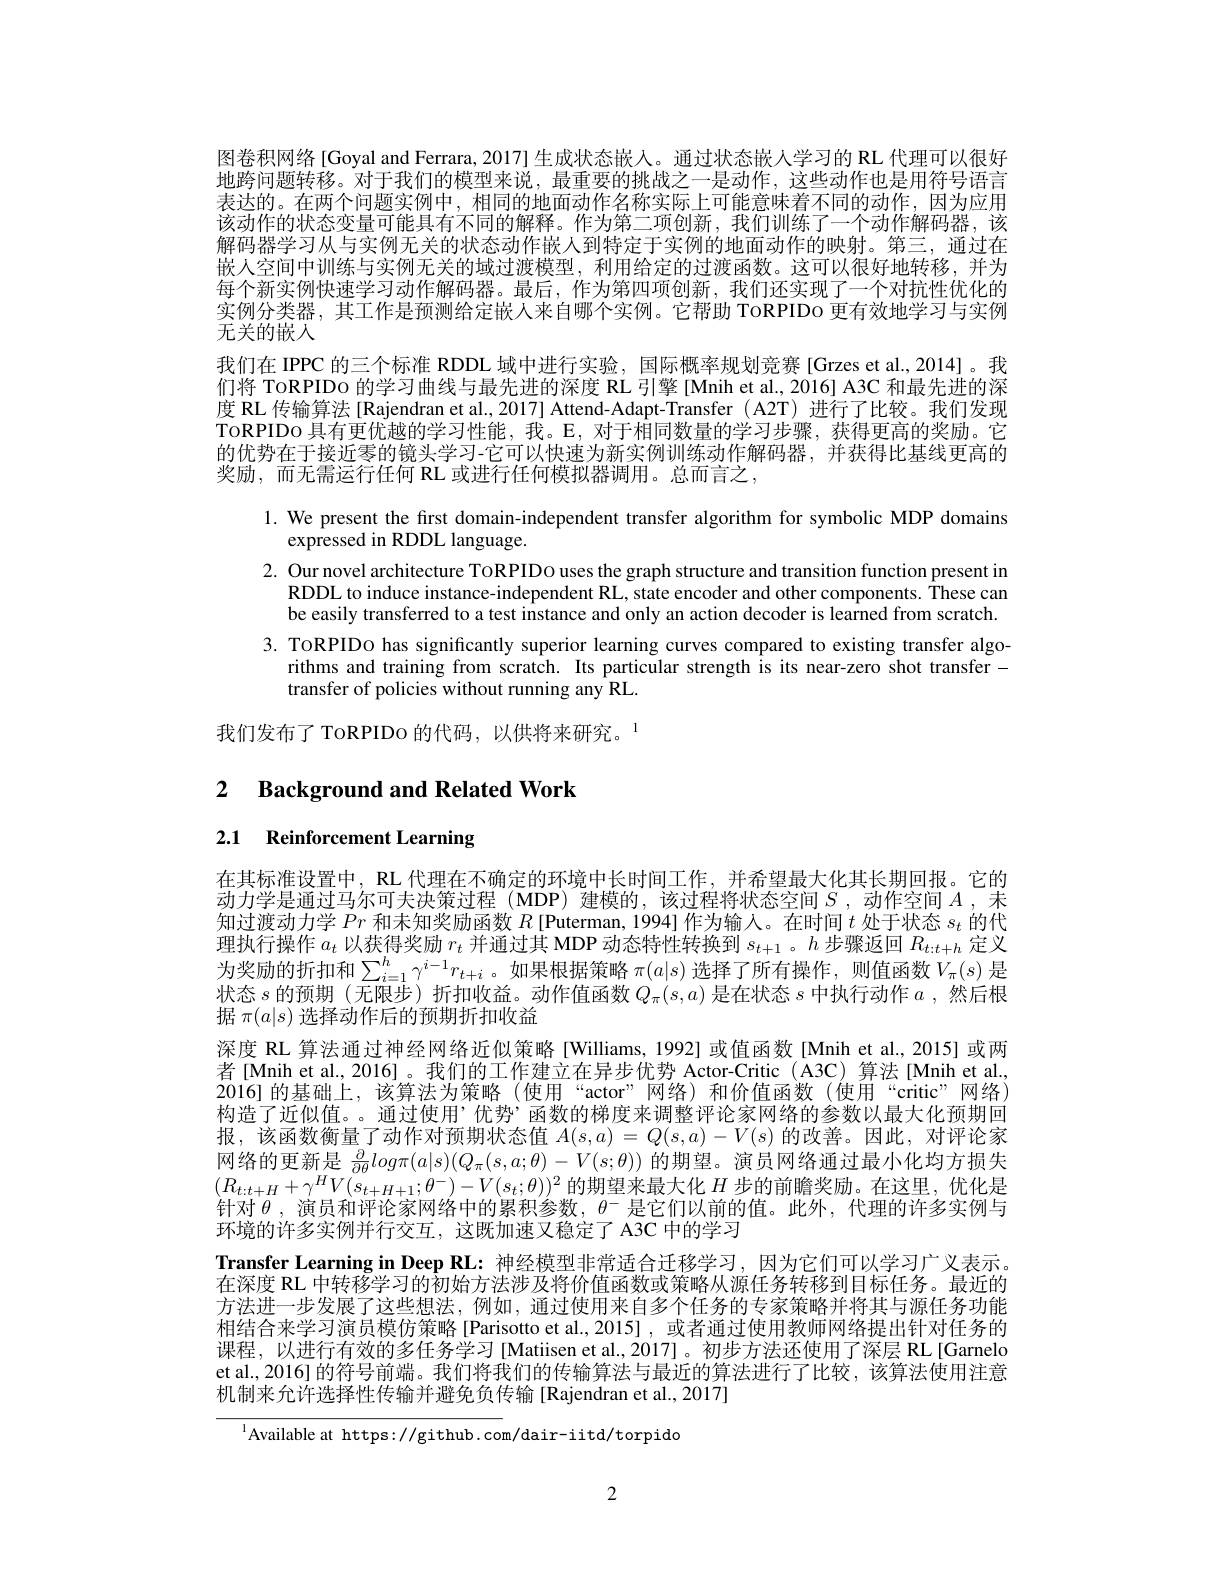
图卷积网络[Goyal and Ferrara, 2017]生成状态嵌人。通过状态嵌人学习的 RL 代理可以很好地跨问题转移。对于我们的模型来说，最重要的挑战之一是动作，这些动作也是用符号语言表达的。在两个问题实例中，相同的地面动作名称实际上可能意味着不同的动作，因为应用该动作的状态变量可能具有不同的解释。作为第二项创新，我们训练了一个动作解码器，该解码器学习从与实例无关的状态动作嵌人到特定于实例的地面动作的映射。第三，通过在嵌人空间中训练与实例无关的域过渡模型，利用给定的过渡函数。这可以很好地转移，并为每个新实例快速学习动作解码器。最后，作为第四项创新，我们还实现了一个对抗性优化的实例分类器，其工作是预测给定嵌人来自哪个实例。它帮助 ToRPIDo 更有效地学习与实例无关的嵌人
我们在 IPPC 的三个标准 RDDL 域中进行实验，国际概率规划竞赛 [Grzes et al.,2014]。我们将 ToRPIDo 的学习曲线与最先进的深度 RL 引擎[Mnih et al., 2016] A3C 和最先进的深度 RL 传输算法 [Rajendran et al., 2017] Attend-Adapt-Transfer ( A2T) 进行了比较。我们发现ToRPIDo 具有更优越的学习性能，我。E,对于相同数量的学习步骤，获得更高的奖励。它的优势在于接近零的镜头学习-它可以快速为新实例训练动作解码器，并获得比基线更高的奖励，而无需运行任何 RL 或进行任何模拟器调用。总而言之，

1. We present the first domain-independent transfer algorithm for symbolic MDP domains
$\hat{\text{expressed in RDDL language}}.$
2. Our novel architecture ToRPIDo uses the graph structure and transition function present in
RDDL to induce instance-independent RL, state encoder and other components. These can be easily transferred to a test instance and only an action decoder is learned from scratch.
3. TORPIDO has significantly superior learning curves compared to existing transfer algo-
rithms and training from scratch. Its particular strength is its near-zero shot transfer-
transfer of policies without running any RL.

我们发布了 ToRPIDo 的代码，以供将来研究。$^{\mathrm{l}}$

## 2 $\textbf{Background and Related Work}$

2.1 Reinforcement Learning

在其标准设置中，RL 代理在不确定的环境中长时间工作，并希望最大化其长期回报。它的动力学是通过马尔可夫决策过程 (MDP) 建模的，该过程将状态空间$S$,动作空间$A$,未知过渡动力学$Pr$和未知奖励函数$R$ [Puterman, 1994] 作为输人。在时间$t$处于状态$s_t$的代理 执 行 操 作 $a_{t}$ 以 获 得 奖 励 $r_{t}$ 并 通 过 其 MDP 动 态 特 性 转 换 到 $s_{t+ 1}$ 。$h$ 步 骤 返 回 $R_{t: t+ h}$ 定 义 为 奖 励 的 折 扣 和 $\sum _{i= 1}^{h}\gamma ^{i- 1}r_{t+ i}$ 。如 果 根 据 策 略 $\pi ( a| s)$ 选 择 了 所 有 操 作 , 则 值 函 数 $V_{\pi }( s)$ 是状态$s$的预期 (无限步)折扣收益。动作值函数$Q_\pi(s,a)$是在状态$s$中执行动作$a$ ,然后根据$\pi(a|s)$选择动作后的预期折扣收益
深度 RL 算法通过神经网络近似策略[Williams,1992]或值函数[Mnih et al., 2015] 或两者[Mnih et al., 2016] 。我们的工作建立在异步优势 Actor-Critic( A3C) 算法[Mnih et al., 2016]的基础上，该算法为策略(使用“actor”网络)和价值函数(使用“critic”网络) 构造了近似值。。通过使用’优势’函数的梯度来调整评论家网络的参数以最大化预期回报，该函数衡量了动作对预期状态值$A(s,a)=Q(s,a)-V(s)$的改善。因此，对评论家网络的更新是$\frac\partial{\partial\theta}log\pi(a|s)(Q_\pi(s,a;\theta)-V(s;\theta))$的期望。演员网络通过最小化均方损失$(R_{t:t+H}+\gamma^{H}V(s_{t+H+1};\theta^{-})-V(s_{t};\theta))^{2}$的期望来最大化 $H$ 步的前瞻奖励。在这里，优化是针对$\theta$ ,演员和评论家网络中的累积参数，$\theta^-$是它们以前的值。此外，代理的许多实例与环境的许多实例并行交互，这既加速又稳定了 A3C 中的学习
Transfer Learning in Deep RL: 神经模型非常适合迁移学习，因为它们可以学习广义表示。在深度 RL 中转移学习的初始方法涉及将价值函数或策略从源任务转移到目标任务。最近的方法进一步发展了这些想法，例如，通过使用来自多个任务的专家策略并将其与源任务功能相结合来学习演员模仿策略[Parisotto et al.,2015],或者通过使用教师网络提出针对任务的课程，以进行有效的多任务学习[Matiisen et al.,2017]。初步方法还使用了深层 RL[Garnelo et al., 2016] 的符号前端。我们将我们的传输算法与最近的算法进行了比较，该算法使用注意机制来允许选择性传输并避免负传输[Rajendran et al., 2017]

$^{1}$Available at https://github.com/dair-iitd/torpido

2